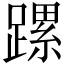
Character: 𨄱